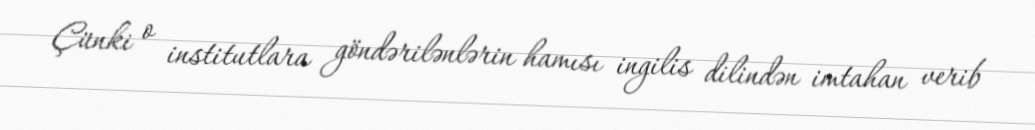
Çünki o institutlara göndərilənlərin hamısı ingilis dilindən imtahan verib